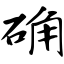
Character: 确